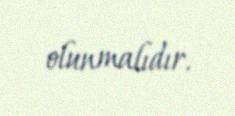
olunmalıdır.